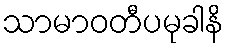
သာမာဝတီပမုခါနိ